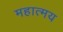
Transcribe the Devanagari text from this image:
महात्‍मय